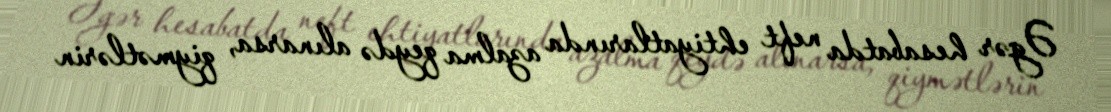
Əgər hesabatda neft ehtiyatlarında azalma qeydə alınarsa, qiymətlərin